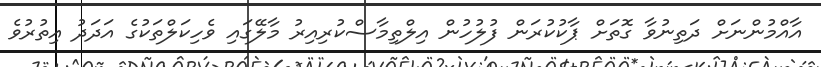
އާއްމުންނަށް ދަތިނުވާ ގޮތަށް ޕާކުކުރަން ފުލުހުން އިލްތިމާސްކުރިއިރު މާލޭގައި ވެހިކަލްތަކުގެ އަދަދު އިތުރުވެ